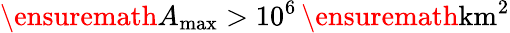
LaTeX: \ensuremath{A_{\mathrm{max}}}>10^{6}\, \ensuremath{\mathrm{km^{2}}}